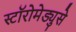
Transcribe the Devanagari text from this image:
स्टॉरोमेड्युसे